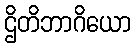
ဌိတိဘာဂိယော